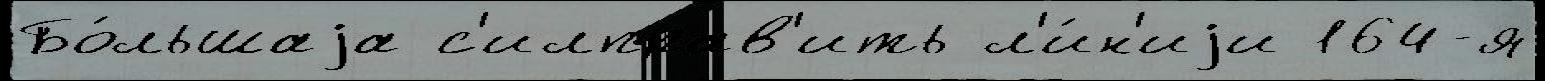
Бо́льшаjа с'илправ'ить л'и́н'иjи 164-я